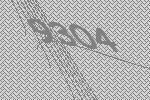
9304